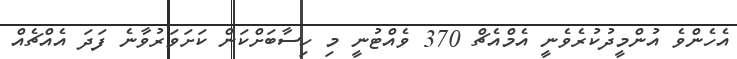
އެހެންވެ އުންމީދުކުރެވެނީ އެމްއެޗް 370 ވެއްޓުނީ މި ހިސާބަށްކަން ކަށަވަރުވާނެ ފަދަ އެއްޗެއް